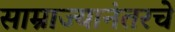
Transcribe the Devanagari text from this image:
साम्राज्यानंतरचे